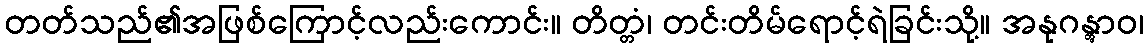
တတ်သည်၏အဖြစ်ကြောင့်လည်းကောင်း။ တိတ္တံ၊ တင်းတိမ်ရောင့်ရဲခြင်းသို့။ အနုဂန္တွာဝ၊